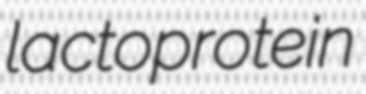
lactoprotein